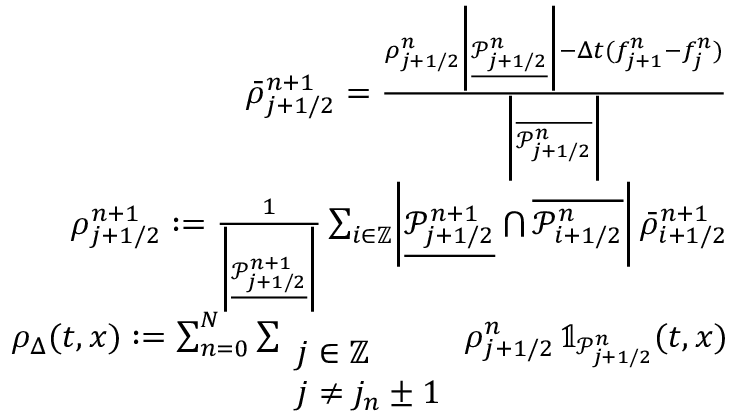
\begin{array} { r } { \bar { \rho } _ { j + 1 / 2 } ^ { n + 1 } = \frac { \rho _ { j + 1 / 2 } ^ { n } \biggl | \underline { { \mathcal { P } _ { j + 1 / 2 } ^ { n } } } \biggr | - \Delta t ( f _ { j + 1 } ^ { n } - f _ { j } ^ { n } ) } { \biggl | \overline { { \mathcal { P } _ { j + 1 / 2 } ^ { n } } } \biggr | } } \\ { \rho _ { j + 1 / 2 } ^ { n + 1 } : = \frac { 1 } { \biggl | \underline { { \mathcal { P } _ { j + 1 / 2 } ^ { n + 1 } } } \biggr | } \sum _ { i \in \mathbb { Z } } \biggl | \underline { { \mathcal { P } _ { j + 1 / 2 } ^ { n + 1 } } } \bigcap \overline { { \mathcal { P } _ { i + 1 / 2 } ^ { n } } } \biggr | \, \bar { \rho } _ { i + 1 / 2 } ^ { n + 1 } } \\ { \rho _ { \Delta } ( t , x ) : = \sum _ { n = 0 } ^ { N } \sum _ { \begin{array} { l } { j \in \mathbb { Z } } \\ { j \neq j _ { n } \pm 1 } \end{array} } \rho _ { j + 1 / 2 } ^ { n } \, \mathbb { 1 } _ { \mathcal { P } _ { j + 1 / 2 } ^ { n } } ( t , x ) } \end{array}